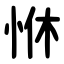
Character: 恘